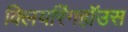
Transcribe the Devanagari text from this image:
क्लियरिंगहॉउस